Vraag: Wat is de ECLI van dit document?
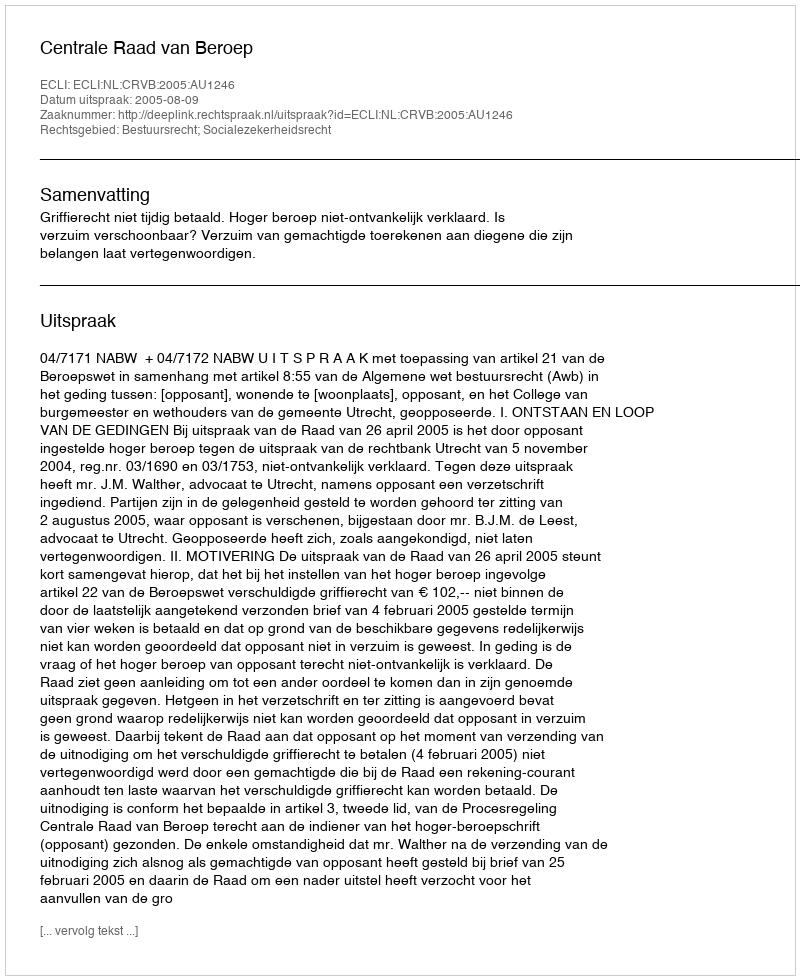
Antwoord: ECLI:NL:CRVB:2005:AU1246